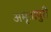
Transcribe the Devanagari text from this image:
अमृतापुरी